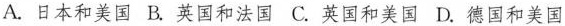
A. 日本和美国 B. 英国和法国 C. 英国和美国D. 德国和美国